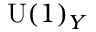
\mathrm { U } ( 1 ) _ { Y }